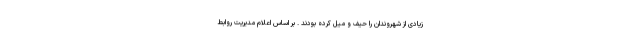
زیادی از شهروندان را حیف و میل کرده بودند . بر اساس اعلام مدیریت روابط